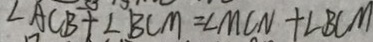
\angle A C B + \angle B C M = \angle M C N + \angle B C M